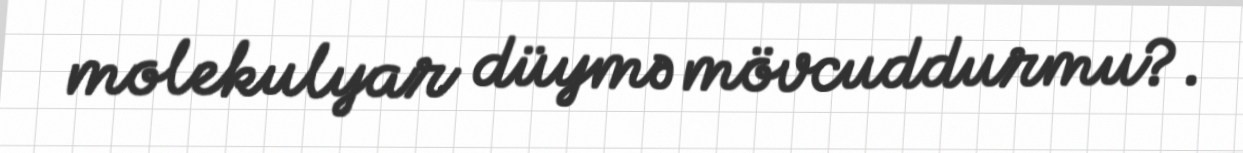
molekulyar düymə mövcuddurmu?.